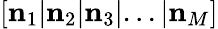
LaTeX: \left[\mathbf n_{1}|\mathbf n_{2}|\mathbf n_{3}|...|\mathbf n_{M}\right]